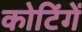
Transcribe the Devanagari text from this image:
कोटिंगें